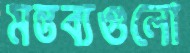
মন্তব্যগুলো